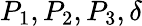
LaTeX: P_{1},P_{2},P_{3},\delta